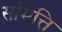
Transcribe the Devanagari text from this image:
समित्ति